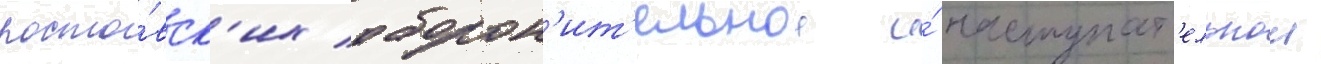
росто́вск'их оборон'ит'ельнои и́ наступат'ельнои